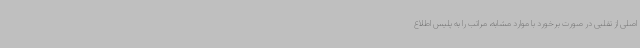
اصلی از تقلبی در صورت برخورد با موارد مشابه، مراتب را به پلیس اطلاع